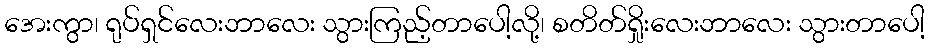
အေးကွာ၊ ရုပ်ရှင်လေးဘာလေး သွားကြည့်တာပေါ့လို့၊ စတိတ်ရှိုးလေးဘာလေး သွားတာပေါ့